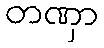
တဏှာ